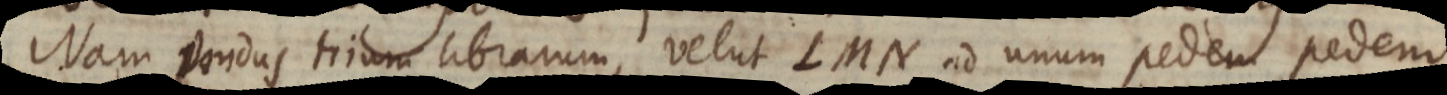
Nam pondus trium librarum, velut LMN ad unum pedem